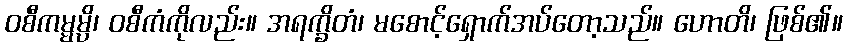
ဝစီကမ္မမ္ပိ၊ ဝစီကံကိုလည်း။ အရက္ခိတံ၊ မစောင့်ရှောက်အပ်တော့သည်။ ဟောတိ၊ ဖြစ်၏။